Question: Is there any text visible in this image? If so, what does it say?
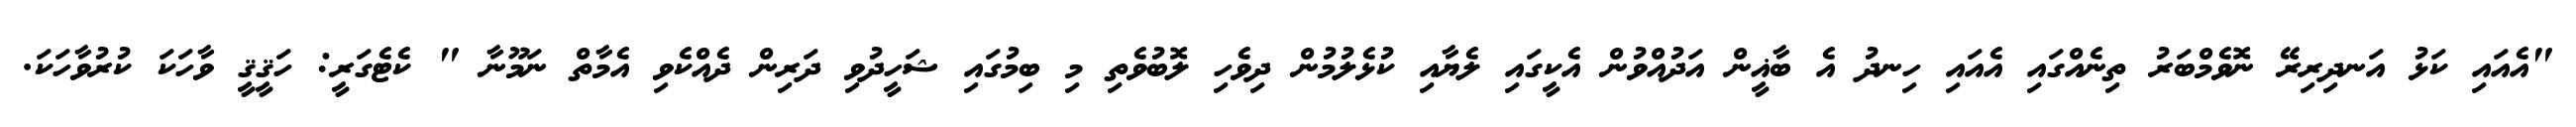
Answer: "އެއައި ކަޅު އަނދިރިރޭ ނޮވެމްބަރު ތިނެއްގައި އެއައި ހިނދު އެ ބާޣީން އަދުއްވުން އެކީގައި ލެޔާއި ކުޅެލުމުން ދިވެހި ލޮބުވެތި މި ބިމުގައި ޝަހީދުވި ދަރިން ދެއްކެވި އެމާތް ނަމޫނާ " ކެޓެގަރީ: ހަޤީޤީ ވާހަކަ ކުރުވާހަކަ.